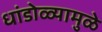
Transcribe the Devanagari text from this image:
धांडोळ्यामुळे